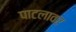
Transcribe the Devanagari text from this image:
पाटलावर